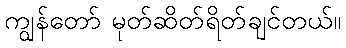
ကျွန်တော် မုတ်ဆိတ်ရိတ်ချင်တယ်။